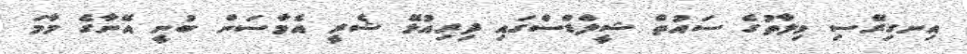
އިނގިރޭސި ވިލާތުގެ ސައުތް ޝީލްޑްސްގައި ދިރިއުޅޭ ޝެރީ އެމާސަން ބުނީ އޭނާގެ މާމަ